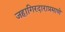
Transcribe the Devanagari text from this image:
जहागिरदाराप्रमाणे